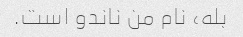
بله، نام من ناندو است.